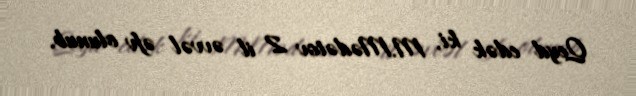
Qeyd edək ki, M.Mədətov 2 il əvvəl əfv olunub.